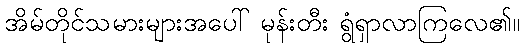
အိမ်တိုင်သမားများအပေါ် မုန်းတီး ရွံရှာလာကြလေ၏။